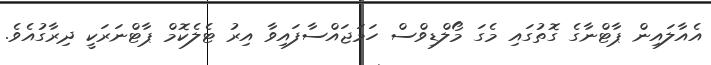
އެއާލައިން ޕާޓްނާގެ ގޮތުގައި މެގަ މޯލްޑިވްސް ހަމަޖައްސާފައިވާ އިރު ޓެލެކޮމް ޕާޓްނަރަކީ ދިރާގުއެވެ.